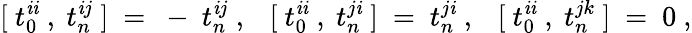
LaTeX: [~t_{0}^{\mathit{i}\mathit{i}}~,~t_{n}^{\mathit{i}j}~]~=~-~t_{n}^{\mathit{i}j}~,~~~[~t_{0}^{\mathit{i}\mathit{i}}~,~t_{n}^{j\mathit{i}}~]~=~t_{n}^{j\mathit{i}}~,~~~[~t_{0}^{\mathit{i}\mathit{i}}~,~t_{n}^{jk}~]~=~0~,